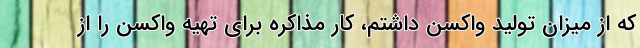
که از میزان تولید واکسن داشتم، کار مذاکره برای تهیه‌ واکسن را از